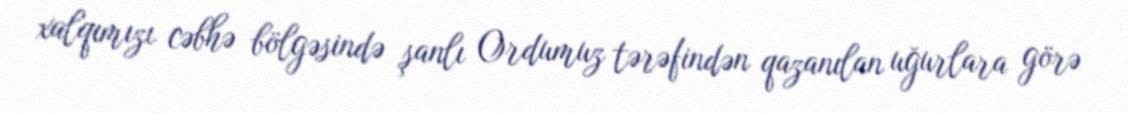
xalqımızı cəbhə bölgəsində şanlı Ordumuz tərəfindən qazanılan uğurlara görə